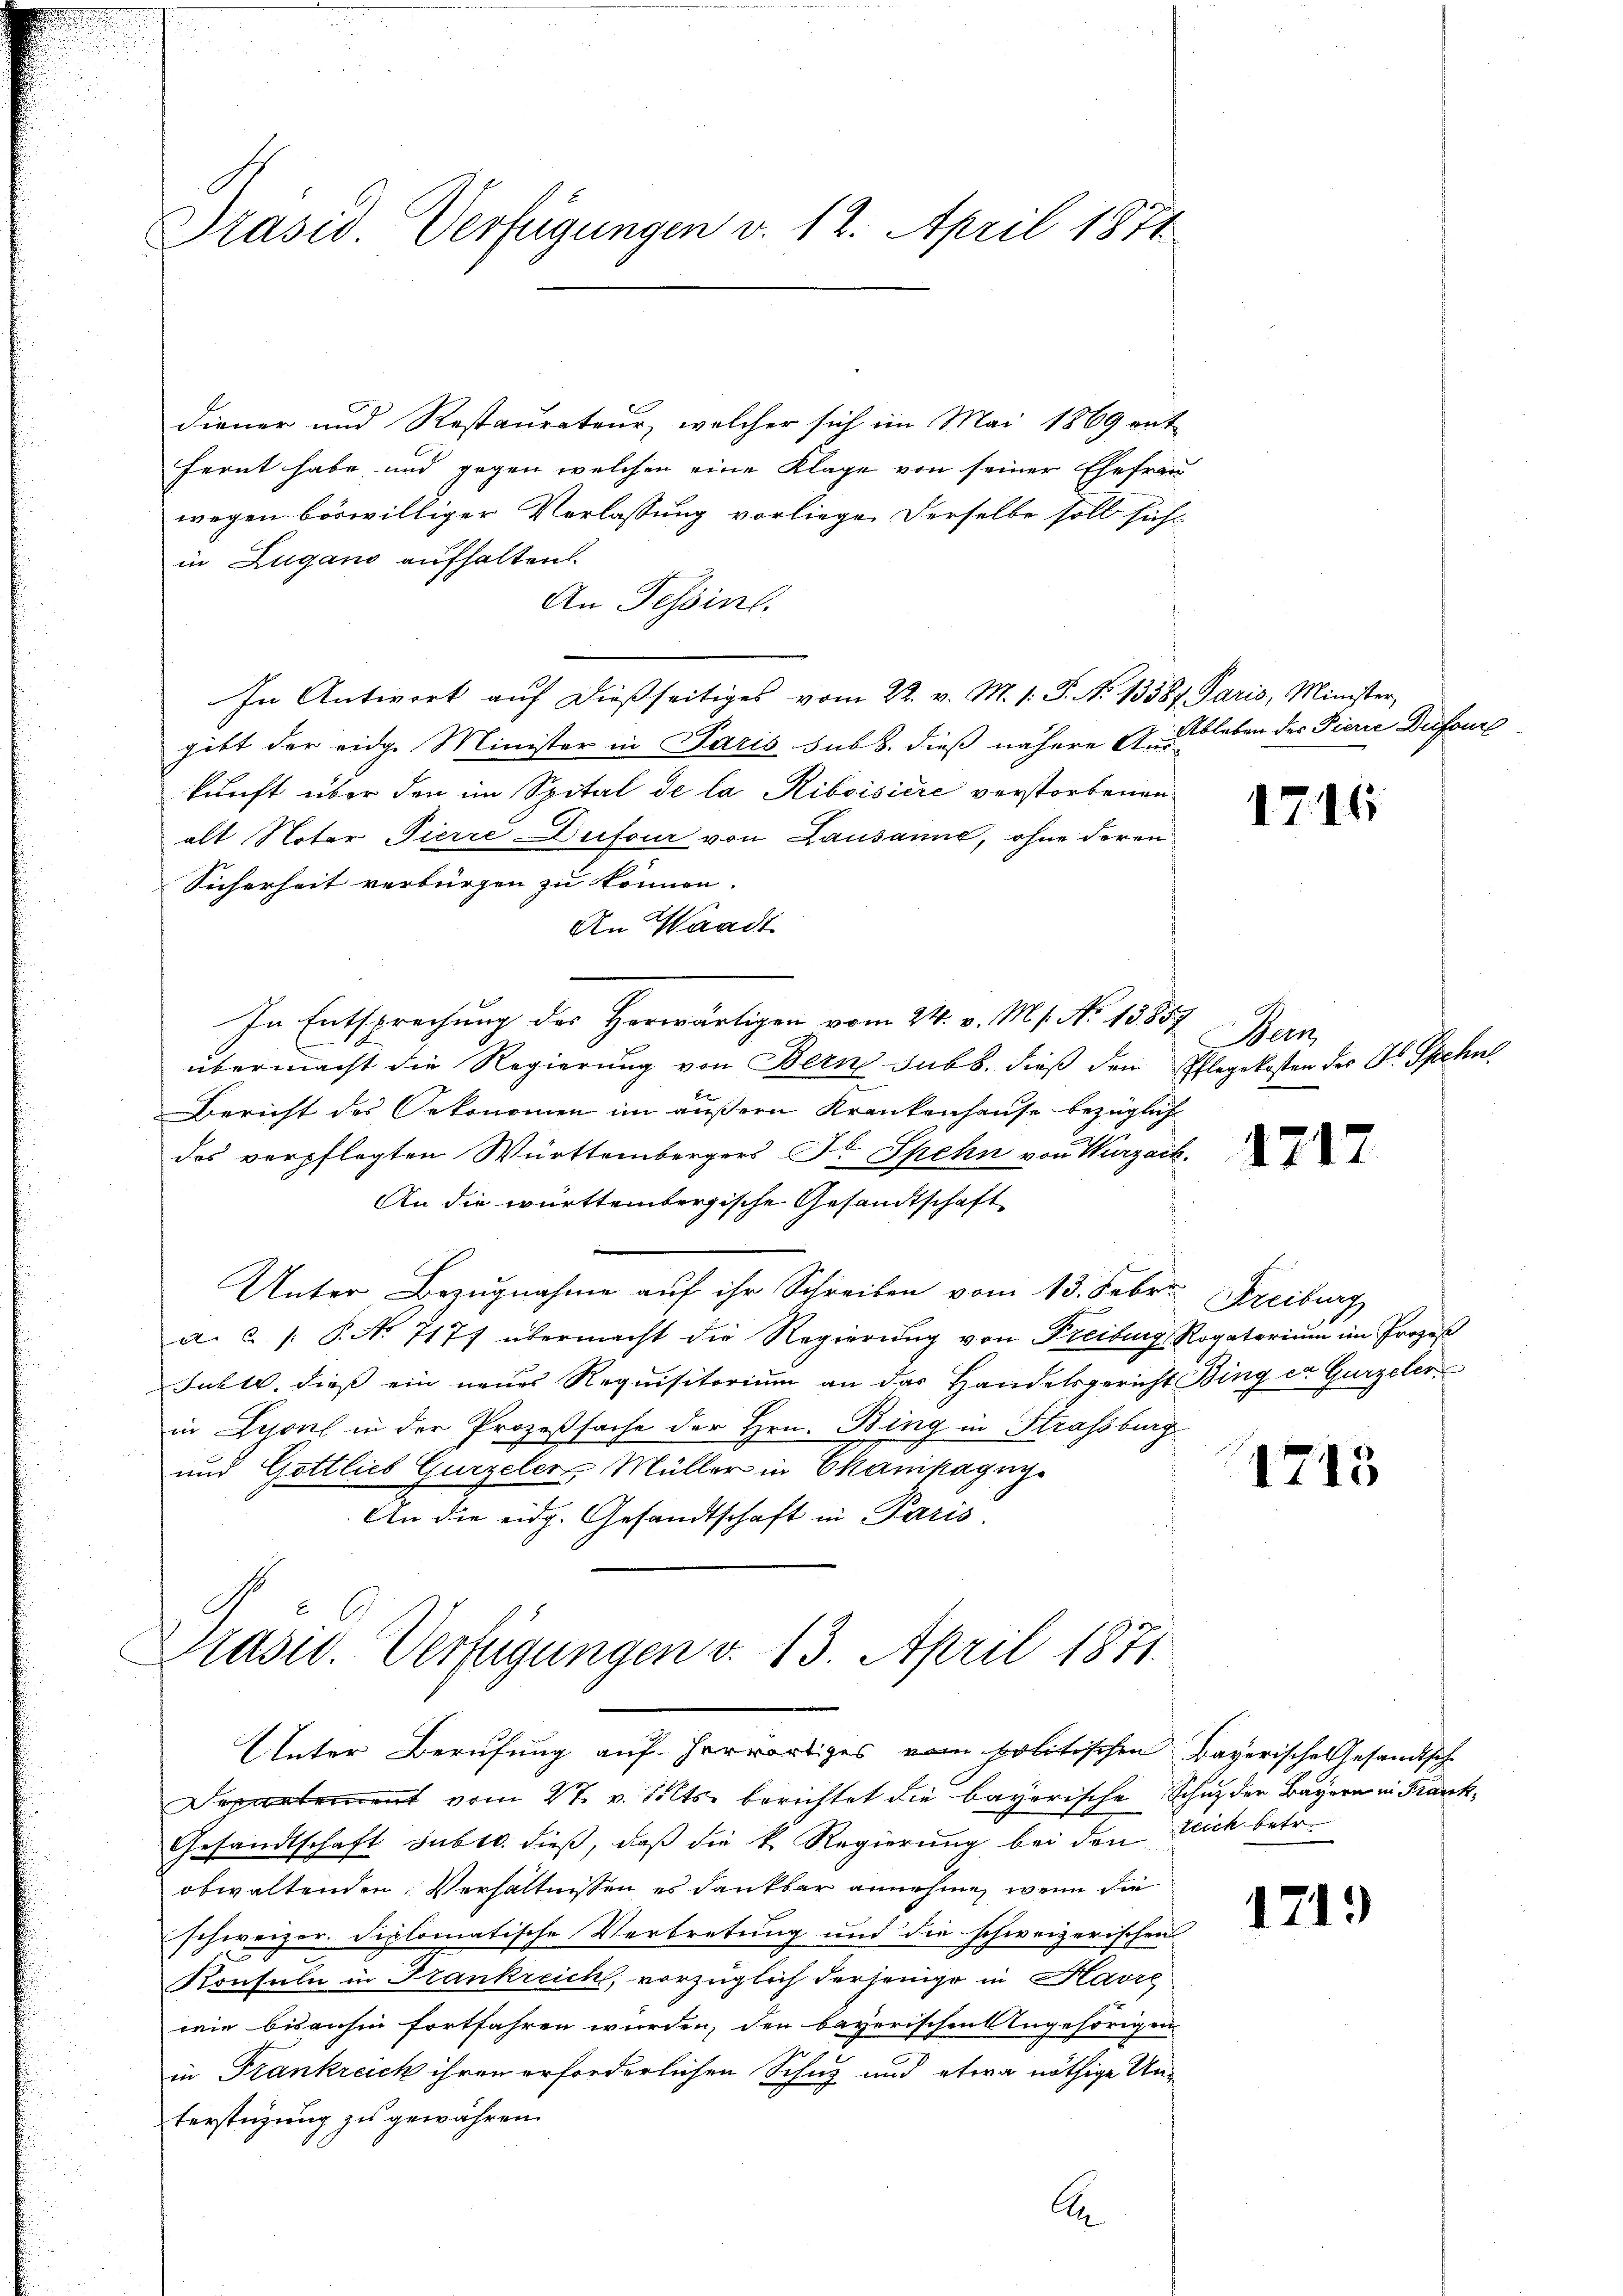
Präsid. Verfügungen v. 12. April 1871

diener und Restaurateur, welcher sich im Mai 1869 ent-
fernt habe, und gegen welchen eine Klage von seiner Ehefrau
wegen böswilliger Verlassung vorliegen derselbe soll sich
in Zugano aufhalten.
An Tessinl.
In Antwort aŭf dießseitiges vom 22. v. M. s. S. No 13587. Paris, Minister,
gibt der eidge Minister in Paris sub b. dieß nähere Aus-
kunft über den im Spital de la Riboisiere verstorbenen
alt Noter Fierre Dufour von Lausanne, ohne deren¬
Sicherheit verbürgen zu können.
An Waadt
In Entsprechung des Herwärtigen vom 24. v. Ms. No 1385
übermacht die Regierung von Bern sub b. dieß den Pflegekosten des Dr. Spehnt
Bericht des Oekonomen im äußern Krankenhause bezüglich
das verpflegten Württembergers Dr. Spehn von Wurzach.
An die württembergische Gesandtschaft
Unter Bezugnahme auf ihr Schreiben vom 13. Febr. Kreiburg
a. c. /: P. Nr. 7177 übermacht die Regierung von Freiburg, Rogatorium im Prozes
Juhls, dieß ein neues Requisitorium an das Handelsgericht Bing ca Gurzeler
in Lyonl in der Prozeßsache der Hrn. Bing in Strassburg
und Gottlieb Gurzeler, Müller in Champagni
An die eidg. Gesandtschaft in Paris

Unter Berufung auf herwärtiges vom politischen Bayerische Gesandtsch
Departement vom 27. v. Selts berichtet die bayerische Schutz der Bayern in Frank¬
Gesandtschaft subtr. dieß, daß die k. Regierung bei den Zeich betr.
obwaltenden Verhältnissen es dankbar annehme, wenn die
schweizer. Diplomatische Verbretung und die schweizerischen
Konsuln in Frankreich, vorzüglich derjenige in Havre
wie bisanhin fortfahren wurden, den bayerischen Angehörigen
in Frankreich ihren erforderlichen Schuz und etwa nöthige Unterstüzung zu gewähren.
A

x
Präsid. Verfügungen v. 13. April 1871.

Ableben des Pierre Dufour

1716

Her

1717

1713

1719